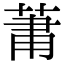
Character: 𮏒